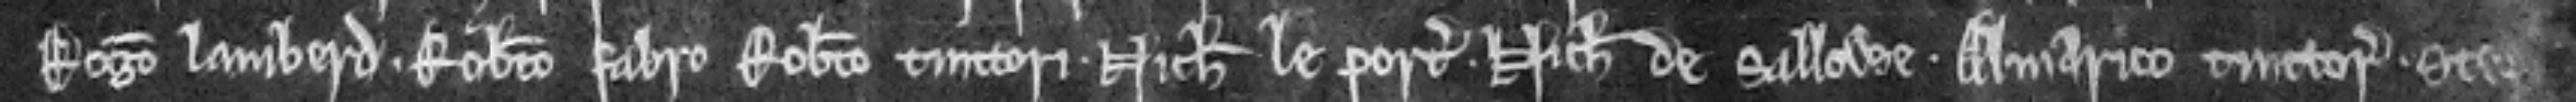
Rogero lamberd. Roberto fabro Roberto tinctori. Nicholao le port. Nicholao de Sallowe. Almarico tinctori. Stephano